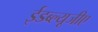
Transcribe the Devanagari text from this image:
ईडब्ल्यूजीए